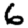
Digit: 6